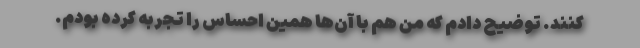
کنند. توضیح دادم که من هم با آن‌ها همین احساس را تجربه کرده بودم.